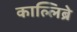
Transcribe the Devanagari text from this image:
काल्लिब्रे